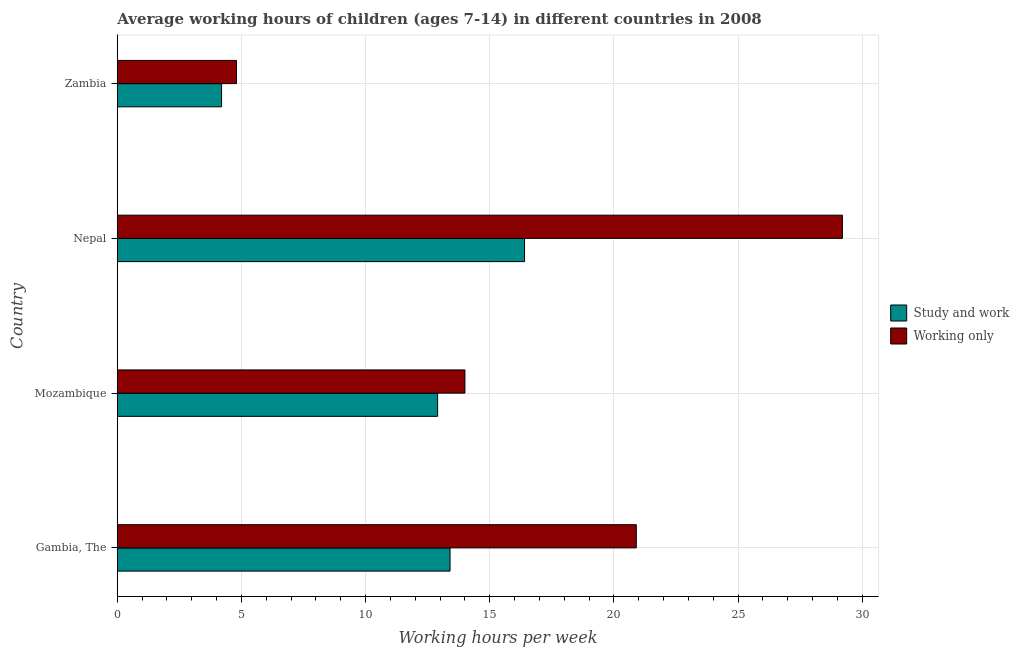
| Country | Study and work | Working only |
 | --- | --- | --- |
 | Gambia, The | 13.4 | 20.9 |
 | Mozambique | 12.9 | 14 |
 | Nepal | 16.4 | 29.2 |
 | Zambia | 4.2 | 4.8 |